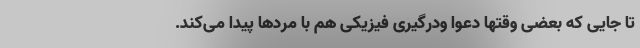
تا جایی که بعضی وقتها دعوا ودرگیری فیزیکی هم با مردها پیدا می‌کند.